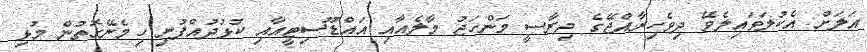
އަލަށް އެކުލަވައިލެވޭ ދިވެހިރާއްޖޭގެ ދިރާސީ މަންހަޖު މާލެއާއި އައްޑޫސިޓީއާއި ކުޅުދުއްފުށި ހިމެނޭގޮތުން މުޅި